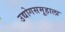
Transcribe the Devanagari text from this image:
उद्योगसमूहाला